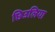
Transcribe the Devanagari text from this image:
छिउलिया